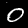
Label: 0